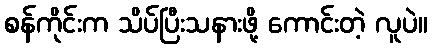
စန်ကိုင်းက သိပ်ပြီးသနားဖို့ ကောင်းတဲ့ လူပဲ။